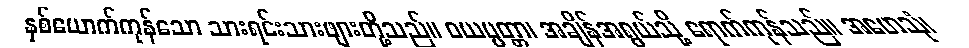
နှစ်ယောက်ကုန်သော သားရင်းသားဖျားတို့သည်။ ဝယပ္ပတ္တာ၊ အချိန်အရွယ်သို့ ရောက်ကုန်သည်။ အဟေသုံ၊